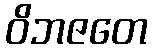
ဝိဘဇတေ